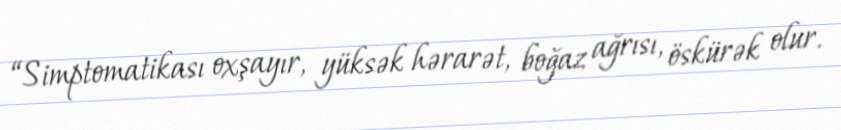
“Simptomatikası oxşayır, yüksək hərarət, boğaz ağrısı, öskürək olur.